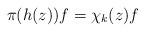
LaTeX: \begin{align*} \pi(h(z)) f = \chi_k(z) f\end{align*}